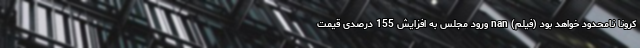
کرونا نامحدود خواهد بود (فیلم) nan ورود مجلس به افزایش 155 درصدی قیمت